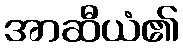
အာဆီယံ၏